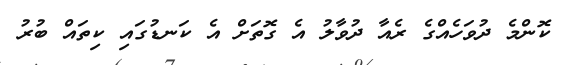
ކޮންމެ ދުވަހެއްގެ ރެއާ ދުވާލު އެ ގޮތަށް އެ ކަނޑުގައި ކިތައް ބުރު